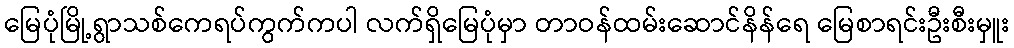
မြေပုံမြို့ရွာသစ်ကေရပ်ကွက်ကပါ လက်ရှိမြေပုံမှာ တာဝန်ထမ်းဆောင်နိန်ရေ မြေစာရင်းဦးစီးမှူး